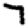
Digit: 7